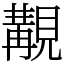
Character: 覯